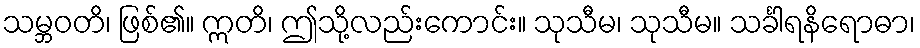
သမ္ဘဝတိ၊ ဖြစ်၏။ ဣတိ၊ ဤသို့လည်းကောင်း။ သုသီမ၊ သုသီမ။ သင်္ခါရနိရောဓာ၊